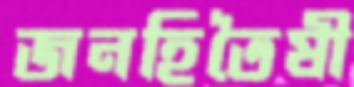
জনহিতৈষী